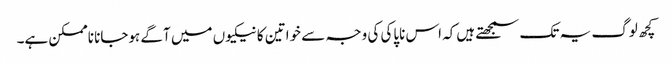
کچھ لوگ یہ تک سمجھتے ہیں‌کہ اس ناپاکی کی وجہ سے خواتین کا نیکیوں‌ میں‌ آگے ہوجانا ناممکن ہے۔